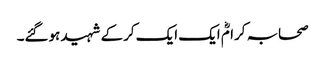
صحابہ کرامؓ ایک ایک کرکے شہید ہوگئے۔